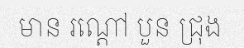
មាន រណ្តៅ បួន ជ្រុង